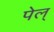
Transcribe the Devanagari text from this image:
पेल्